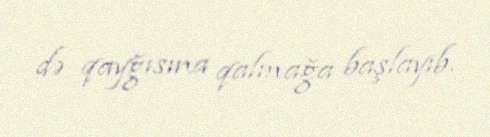
də qayğısına qalmağa başlayıb.